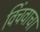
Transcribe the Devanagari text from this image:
विंचवाचा